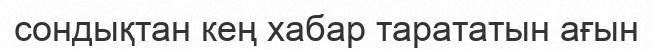
сондықтан кең хабар тарататын ағын